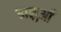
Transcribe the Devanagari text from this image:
ढालुआँ